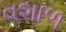
વશાળ